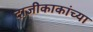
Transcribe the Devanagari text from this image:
दाजीकाकांच्या